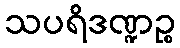
သပရိဒဏ္ဍဉ္စ